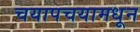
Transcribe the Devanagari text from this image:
चयापचयामधून